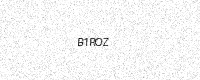
Text: B1ROZ